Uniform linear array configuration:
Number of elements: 32
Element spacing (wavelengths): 0.25
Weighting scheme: binomial
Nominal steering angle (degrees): -45
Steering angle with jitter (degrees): -45.051
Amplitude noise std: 0.05
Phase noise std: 0.05

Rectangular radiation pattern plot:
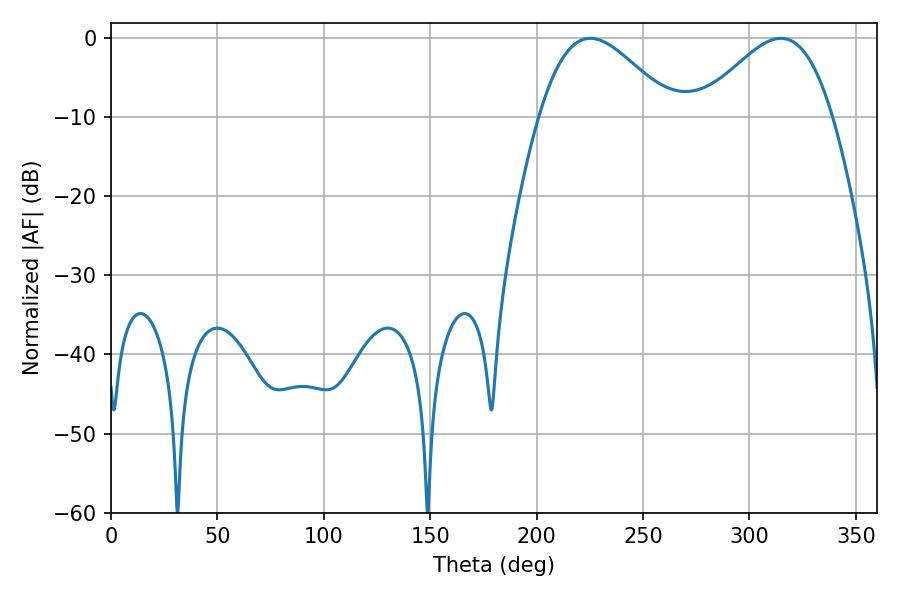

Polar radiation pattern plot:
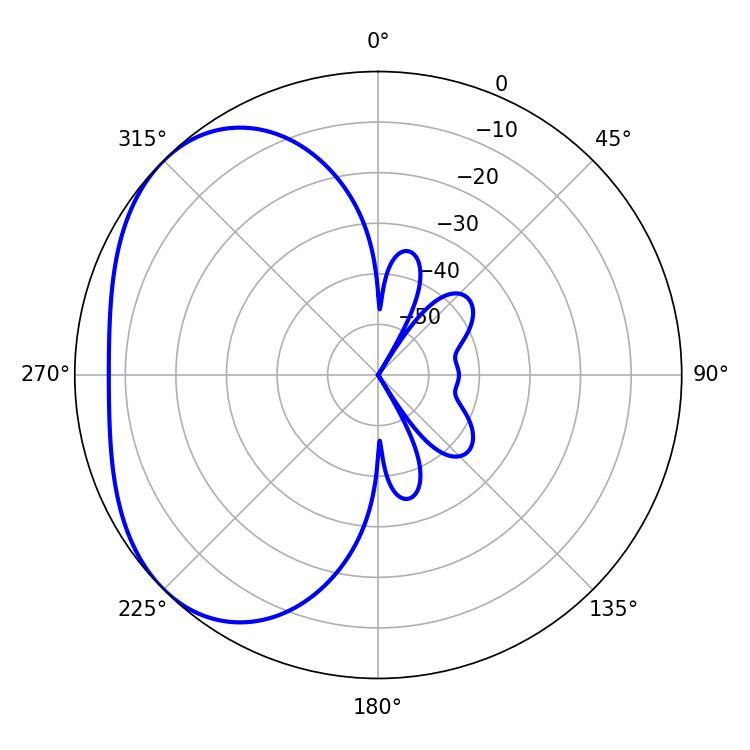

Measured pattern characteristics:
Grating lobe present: FALSE
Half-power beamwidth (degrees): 33.3
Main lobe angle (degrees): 225.18